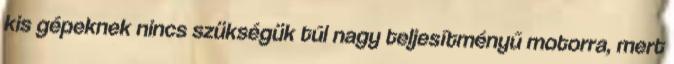
kis gépeknek nincs szükségük túl nagy teljesítményű motorra, mert